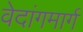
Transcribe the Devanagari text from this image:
वेदांगमार्ग